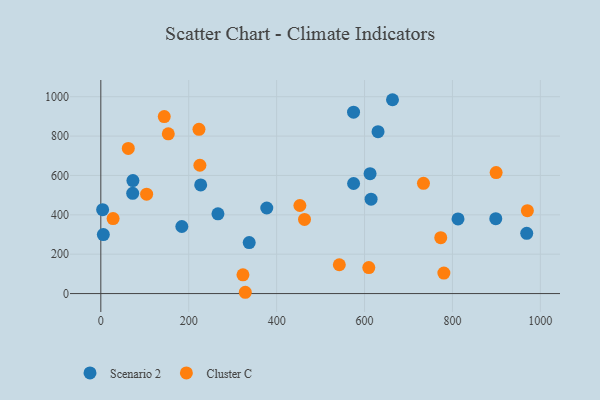
{"axis": {"x": "Experience", "y": "Sales"}, "legend": ["Cluster C", "Scenario 2"], "data": [{"x": "663.6", "y": 984.7, "type": "Scenario 2"}, {"x": "812.7", "y": 379.0, "type": "Scenario 2"}, {"x": "184.3", "y": 340.7, "type": "Scenario 2"}, {"x": "73.0", "y": 574.2, "type": "Scenario 2"}, {"x": "575.0", "y": 921.6, "type": "Scenario 2"}, {"x": "5.7", "y": 299.6, "type": "Scenario 2"}, {"x": "575.1", "y": 559.2, "type": "Scenario 2"}, {"x": "227.2", "y": 552.0, "type": "Scenario 2"}, {"x": "377.6", "y": 434.6, "type": "Scenario 2"}, {"x": "969.0", "y": 305.8, "type": "Scenario 2"}, {"x": "614.9", "y": 479.7, "type": "Scenario 2"}, {"x": "337.6", "y": 259.2, "type": "Scenario 2"}, {"x": "898.6", "y": 380.5, "type": "Scenario 2"}, {"x": "630.7", "y": 822.4, "type": "Scenario 2"}, {"x": "72.5", "y": 509.4, "type": "Scenario 2"}, {"x": "612.6", "y": 609.3, "type": "Scenario 2"}, {"x": "266.5", "y": 404.9, "type": "Scenario 2"}, {"x": "4.1", "y": 426.2, "type": "Scenario 2"}, {"x": "323.4", "y": 95.3, "type": "Cluster C"}, {"x": "452.9", "y": 447.3, "type": "Cluster C"}, {"x": "328.7", "y": 6.6, "type": "Cluster C"}, {"x": "542.6", "y": 146.5, "type": "Cluster C"}, {"x": "609.7", "y": 132.1, "type": "Cluster C"}, {"x": "144.3", "y": 898.9, "type": "Cluster C"}, {"x": "734.1", "y": 560.1, "type": "Cluster C"}, {"x": "225.4", "y": 651.9, "type": "Cluster C"}, {"x": "773.4", "y": 284.0, "type": "Cluster C"}, {"x": "223.3", "y": 834.5, "type": "Cluster C"}, {"x": "27.9", "y": 381.2, "type": "Cluster C"}, {"x": "463.4", "y": 376.6, "type": "Cluster C"}, {"x": "153.5", "y": 811.5, "type": "Cluster C"}, {"x": "62.5", "y": 737.1, "type": "Cluster C"}, {"x": "899.4", "y": 614.5, "type": "Cluster C"}, {"x": "780.5", "y": 104.1, "type": "Cluster C"}, {"x": "970.5", "y": 420.9, "type": "Cluster C"}, {"x": "104.2", "y": 505.0, "type": "Cluster C"}]}